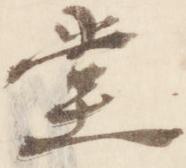
堂